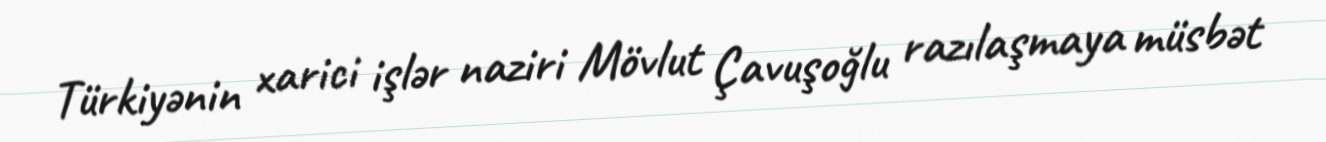
Türkiyənin xarici işlər naziri Mövlut Çavuşoğlu razılaşmaya müsbət